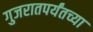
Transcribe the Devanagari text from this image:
गुजरातपर्यंतच्या